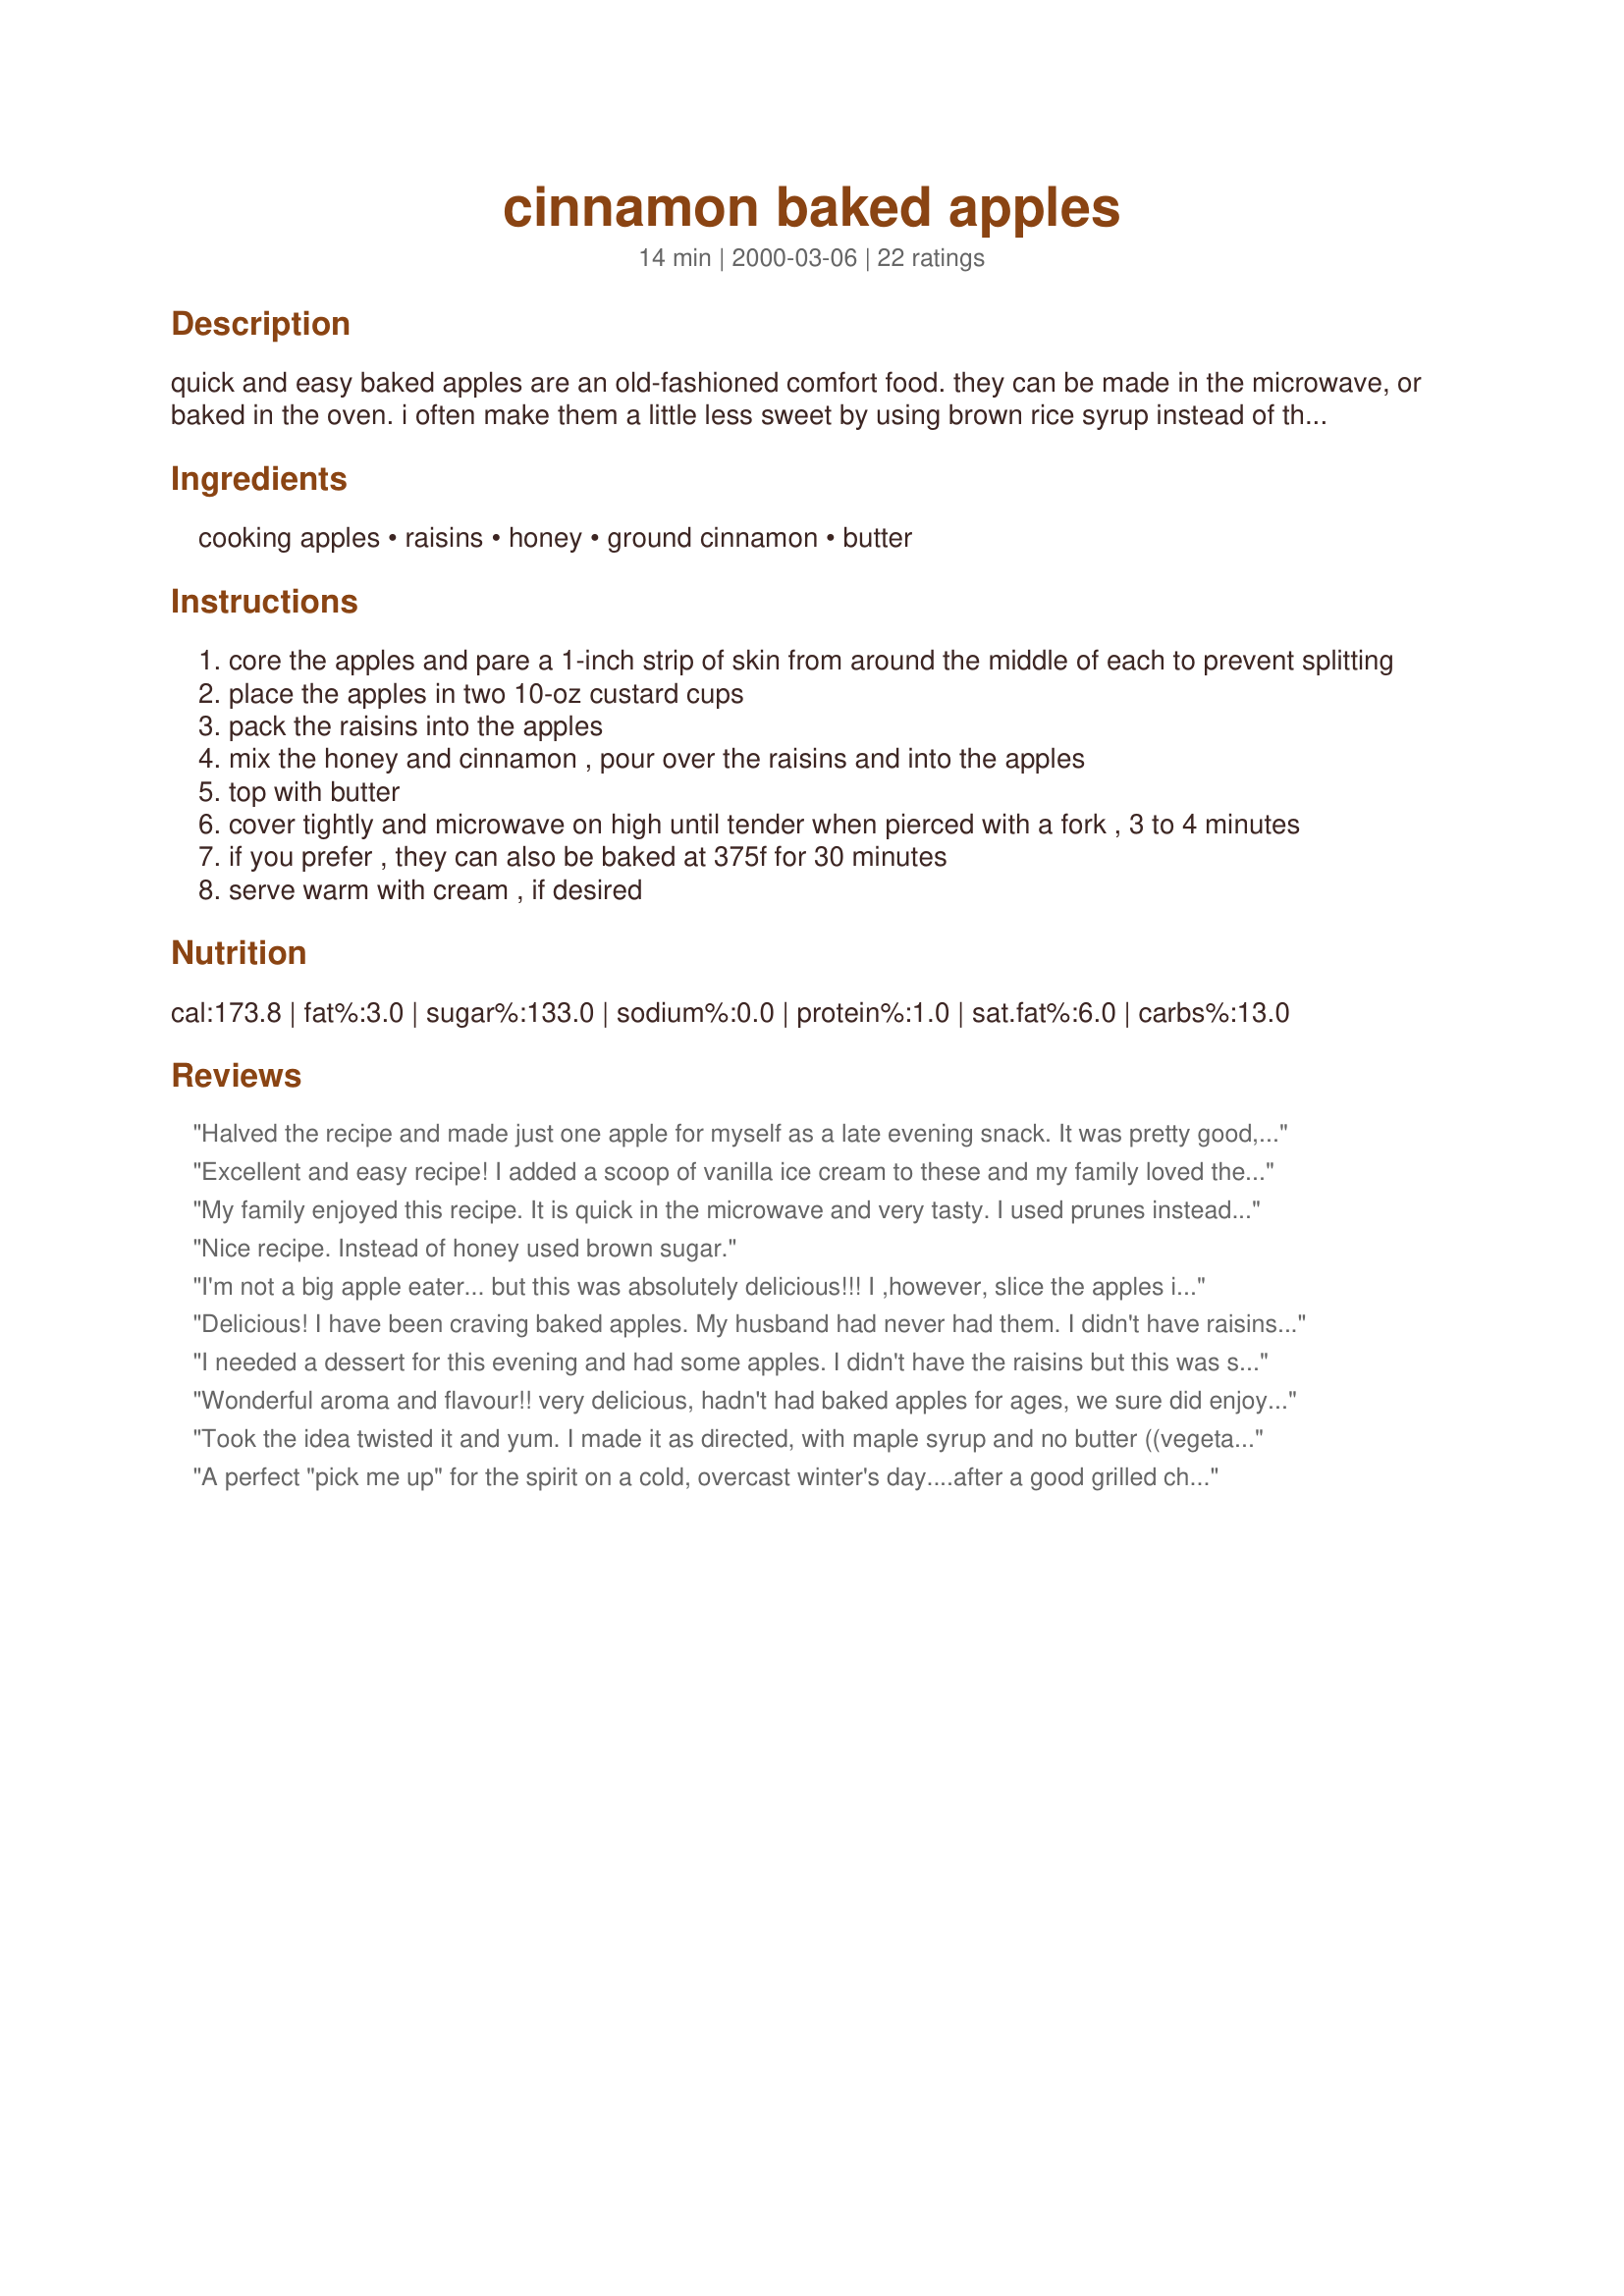
cinnamon baked apples
Preparation time: 14 minutes

quick and easy baked apples are an old-fashioned comfort food. they can be made in the microwave, or baked in the oven. i often make them a little less sweet by using brown rice syrup instead of the honey. maple syrup is a good alternative as well.

Ingredients:
cooking apples, raisins, honey, ground cinnamon, butter

Steps:
core the apples and pare a 1-inch strip of skin from around the middle of each to prevent splitting
place the apples in two 10-oz custard cups
pack the raisins into the apples
mix the honey and cinnamon , pour over the raisins and into the apples
top with butter
cover tightly and microwave on high until tender when pierced with a fork , 3 to 4 minutes
if you prefer , they can also be baked at 375f for 30 minutes
serve warm with cream , if desired

Reviews:
Halved the recipe and made just one apple for myself as a late evening snack. It was pretty good, but I doubt I'll ever make it again. Worth a try though!
Excellent and easy recipe! I added a scoop of vanilla ice cream to these and my family loved them! Thanks for sharing!
My family enjoyed this recipe. It is quick in the microwave and very tasty. I used prunes instead of raisins and 100% maple syrup in place of honey. I like the fact that it is naturally sweet and processed sugar is not necessary. Great for breakfast as well as desert.
Nice recipe. Instead of honey used brown sugar.
I'm not a big apple eater... but this was absolutely delicious!!! I ,however, slice the apples in half and then cut out the core and fill the hole with raisins etc.
Tastes great as a desert with some vanilla icecream!!!
Delicious! I have been craving baked apples. My husband had never had them. I didn't have raisins or rum, so just used dates. Didn't have ice cream either, but used fresh cream :)
I needed a dessert for this evening and had some apples. I didn't have the raisins but this was so easy and really yummy. Thank you for the recipe. I will make it again.
Wonderful aroma and flavour!! very delicious, hadn't had baked apples for ages, we sure did enjoy these ones! The honey cinnamon and butter with the raisins are a fantastic combination. DH wanted cheese on his cus they taste just like apple pie, Will sure be making these again, thanks for posting.
Took the idea twisted it and yum. I made it as directed, with maple syrup and no butter ((vegetarian)), chopped it up and mixed it with rice. MMMMMMMM
A perfect "pick me up" for the spirit on a cold, overcast winter's day....after a good grilled cheese! Just the smell alone is enough to make you smack your lips. I have done these many times before, but only with cinnamon and butter. This time I used maple syrup, as others suggested, and added the raisins. I did four at one time in the MW and added chopped pecans with the raisins in two....YUM! either way! I have never pared the apples before, and never have had one split, but I'll keep that in mind. That might also be due to the fact that I MW for a longer time at 50%-70% power. I do always take a knife and "slit" the insides of the apple inside the cored part so the flavors sink deep into the apple. Perhaps that's why thay haven't split, or it even may have been that I slightly pierced the exterior of the apple(?). This is a great breakfast, a side dish(especially for ham), or a "non-overwhelming" dessert. Thanks for sharing!
easy and delicious! I made a small variation and added a touch of nutmeg (about 1/8 tsp) with the cinnimon and topped with a few chopped pecans - decadent!
My mom has talked before of how this was her mother's go to dessert when she was a kid. When I saw the recipe on Zaar I had to try it. Delicious! A little helping of vanilla ice cream makes this a delightful dessert.
A sweet alternative to the baked apples, the apples are then mixed with cinnamon to serve as a dessert.
Simple and good! I used maple syrup (and added about 1 tsp of packed brown sugar). A quick week-night dessert.
This is the first time I have ever had baked apples and they were great. I had extra cream cheese icing left over from the cinnabon rolls I made earlier this week, so I cooled the apples for a few minutes and then plopped some cream cheese topping on them. OOH LA LA...no calories in those babies! Totally yummy. Thx.
Wonderful and so healthy! I wanted a snack and thought about apple crisp, however that is definitely not healthy so I found this great recipe! I changed it just a little. I didn't use butter, but I used about 8 whole pecans with the raisins. Then when they were done, I mixed a little bit of cornstarch with the remaining liquid from the apples and microwaved for 30 sec. to create a wonderful cinnamon/honey/apple glaze that I drizzled over my perfectly done apples. 
I was doubtful about using the microwave but I didn't want to take the time to bake them, and the came out perfectly! Just 3 minutes on high! Thank you so much! I will be making this quick, healthy treat often!!
Delicious, and easy to make. I didn't have any rum or any time to soak the raisins. I just poured a little boiling water on them . Turned out great. Thank you for posting.
Not only does it smell irresistible, but it also tastes great! I also put some diced peach pieces in the middle for an extra fruity flavor. Yum!
We had these for dessert. I made 4 apples and I think they needed to cook a bit longer as they were still a little crisp, but perhaps I didn't use the right apples. I might micro-bake them next time. We still enjoyed them, and I love having a dessert option without a ton of sugar. My husband had a good idea of serving them by turning the custard cups over onto a dish so the glaze would end up on top instead of all on the bottom. Thank you!
Delicious and somewhat healthy! I wasn't sure if they needed to be wrapped individually in the oven too. They came out fine unwrapped, just a little bit underdone. Vanilla ice cream would be great on the side or even vanilla whipped cream!
This was marvelous! My hubby and I had surprise guests after church, so we went to Zaar and found this wonderful recipe. We used dried cranberries instead of the raisins. It came together quickly and beautifully and drew rave reviews from our guests! We have added this to our Thanksgiving dessert list - which is perfect for our family who need gluten-free foods.
this ine is fantastic and fast
if ur in a hurry on a cold night
